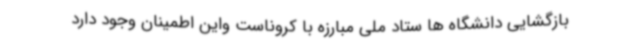
بازگشایی دانشگاه ها ستاد ملی مبارزه با کروناست واین اطمینان وجود دارد